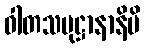
ဝါတသမုဋ္ဌာနာနိပိ